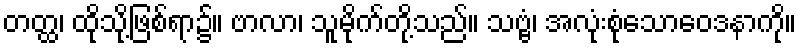
တတ္ထ၊ ထိုသို့ဖြစ်ရာ၌။ ဗာလာ၊ သူမိုက်တို့သည်။ သဗ္ဗံ၊ အလုံးစုံသောဝေဒနာကို။